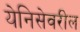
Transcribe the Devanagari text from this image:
येनिसेवरील